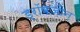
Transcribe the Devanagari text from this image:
ड्रॉपज़ोन